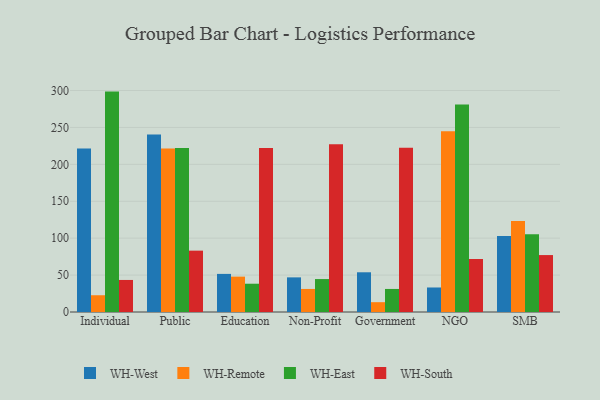
{"axis": {"x": "Segment", "y": "Tickets Resolved"}, "legend": ["WH-East", "WH-Remote", "WH-South", "WH-West"], "data": [{"x": "Individual", "y": 221.6, "type": "WH-West"}, {"x": "Individual", "y": 22.7, "type": "WH-Remote"}, {"x": "Individual", "y": 298.5, "type": "WH-East"}, {"x": "Individual", "y": 43.4, "type": "WH-South"}, {"x": "Public", "y": 240.5, "type": "WH-West"}, {"x": "Public", "y": 221.4, "type": "WH-Remote"}, {"x": "Public", "y": 222.1, "type": "WH-East"}, {"x": "Public", "y": 83.1, "type": "WH-South"}, {"x": "Education", "y": 51.6, "type": "WH-West"}, {"x": "Education", "y": 47.9, "type": "WH-Remote"}, {"x": "Education", "y": 38.3, "type": "WH-East"}, {"x": "Education", "y": 222.0, "type": "WH-South"}, {"x": "Non-Profit", "y": 46.9, "type": "WH-West"}, {"x": "Non-Profit", "y": 31.2, "type": "WH-Remote"}, {"x": "Non-Profit", "y": 44.6, "type": "WH-East"}, {"x": "Non-Profit", "y": 227.1, "type": "WH-South"}, {"x": "Government", "y": 53.8, "type": "WH-West"}, {"x": "Government", "y": 13.3, "type": "WH-Remote"}, {"x": "Government", "y": 31.2, "type": "WH-East"}, {"x": "Government", "y": 222.3, "type": "WH-South"}, {"x": "NGO", "y": 33.2, "type": "WH-West"}, {"x": "NGO", "y": 244.7, "type": "WH-Remote"}, {"x": "NGO", "y": 281.0, "type": "WH-East"}, {"x": "NGO", "y": 71.8, "type": "WH-South"}, {"x": "SMB", "y": 103.1, "type": "WH-West"}, {"x": "SMB", "y": 123.4, "type": "WH-Remote"}, {"x": "SMB", "y": 105.4, "type": "WH-East"}, {"x": "SMB", "y": 77.1, "type": "WH-South"}]}